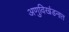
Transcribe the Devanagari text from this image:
अणुविखंडनात